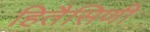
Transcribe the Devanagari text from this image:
हितैसिणी